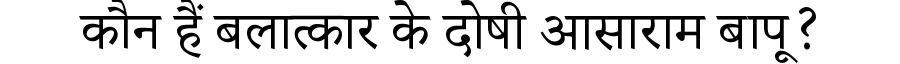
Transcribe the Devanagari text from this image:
कौन हैं बलात्कार के दोषी आसाराम बापू?